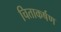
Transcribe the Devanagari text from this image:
चिताकर्षण